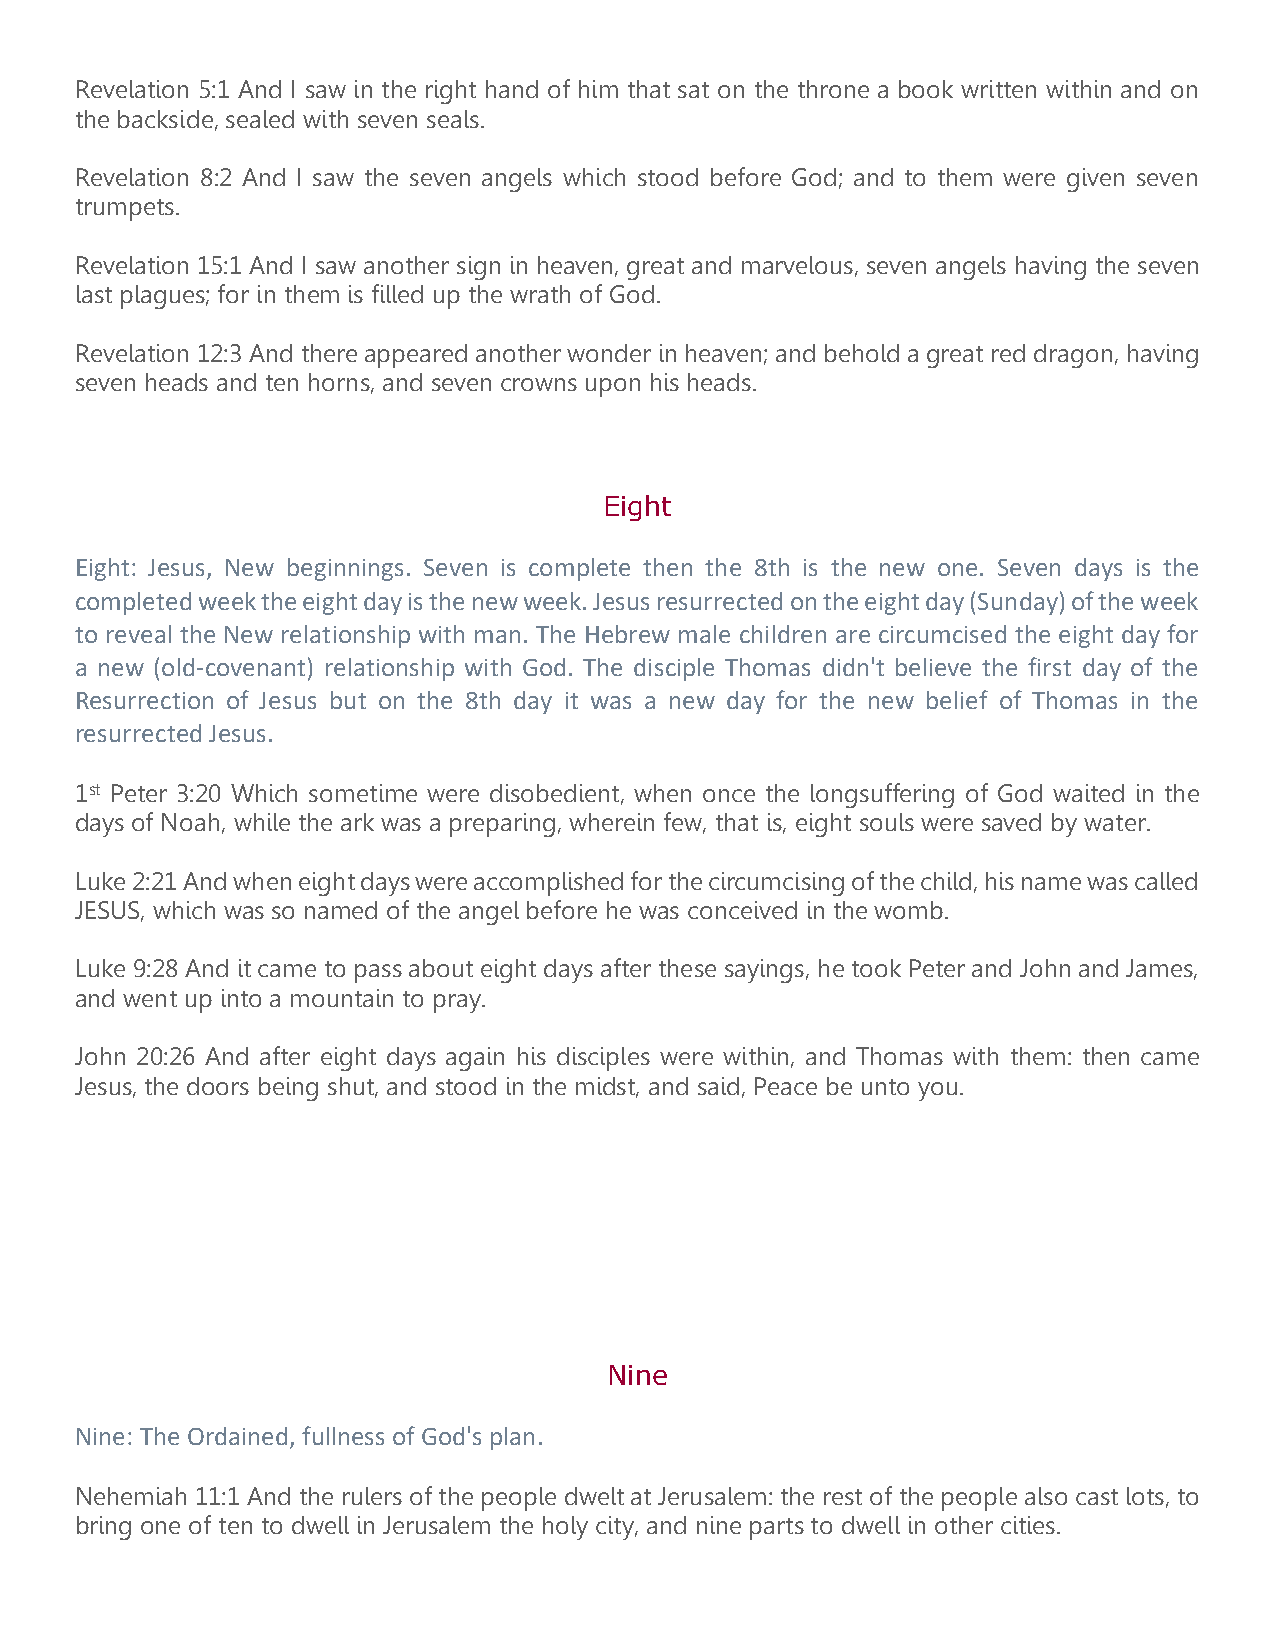
Revelation 5:1 And I saw in the right hand of him that sat on the throne a book written within and on
 the backside, sealed with seven seals.
 Revelation 8:2 And I saw the seven angels which stood before God; and to them were given seven
 trumpets.
 Revelation 15:1 And I saw another sign in heaven, great and marvelous, seven angels having the seven
 last plagues; for in them is filled up the wrath of God.
 Revelation 12:3 And there appeared another wonder in heaven; and behold a great red dragon, having
 seven heads and ten horns, and seven crowns upon his heads.
 Eight
 Eight: Jesus, New beginnings. Seven is complete then the 8th is the new one. Seven days is the
 completed week the eight day is the new week. Jesus resurrected on the eight day (Sunday) of the week
 to reveal the New relationship with man. The Hebrew male children are circumcised the eight day for
 a new (old-covenant) relationship with God. The disciple Thomas didn't believe the first day of the
 Resurrection of Jesus but on the 8th day it was a new day for the new belief of Thomas in the
 resurrected Jesus.
 1st Peter 3:20 Which sometime were disobedient, when once the longsuffering of God waited in the
 days of Noah, while the ark was a preparing, wherein few, that is, eight souls were saved by water.
 Luke 2:21 And when eight days were accomplished for the circumcising of the child, his name was called
 JESUS, which was so named of the angel before he was conceived in the womb.
 Luke 9:28 And it came to pass about eight days after these sayings, he took Peter and John and James,
 and went up into a mountain to pray.
 John 20:26 And after eight days again his disciples were within, and Thomas with them: then came
 Jesus, the doors being shut, and stood in the midst, and said, Peace be unto you.
 Nine
 Nine: The Ordained, fullness of God's plan.
 Nehemiah 11:1 And the rulers of the people dwelt at Jerusalem: the rest of the people also cast lots, to
 bring one of ten to dwell in Jerusalem the holy city, and nine parts to dwell in other cities.